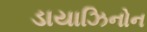
ડાયાઝિનોન